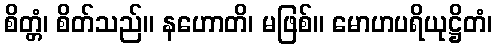
စိတ္တံ၊ စိတ်သည်။ နဟောတိ၊ မဖြစ်။ မောဟပရိယုဋ္ဌိတံ၊